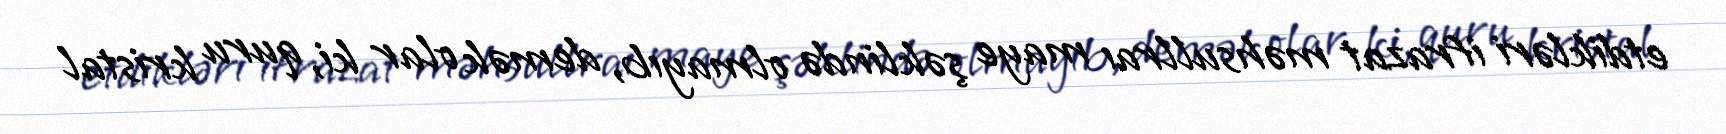
etdikləri ifrazat məhsullraı maye şəklində olmayıb, demək olar ki, quru kristal